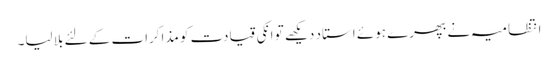
انتظامیہ نے بھپرے ہوئے استاد دیکھے تو انکی قیادت کو مذاکرات کے لئے بلا لیا۔